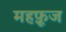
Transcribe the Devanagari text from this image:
महफ़ूज